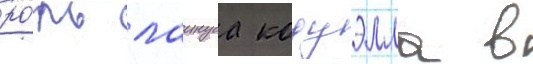
ро́ль лаинуса кодуэлла в